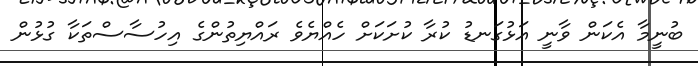
ބުނީމާ އެކަން ވާނީ އަޅުގަނޑު ކުރާ ކުށަކަށް ހެއްޔެވެ ރައްޔިތުންގެ އިހުސާސްތަކާ ގުޅުން